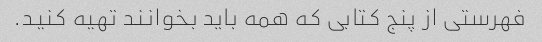
فهرستی از پنج کتابی که همه باید بخوانند تهیه کنید.